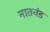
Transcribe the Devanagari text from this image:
नातवंड